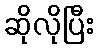
ဆိုလိုပြီး